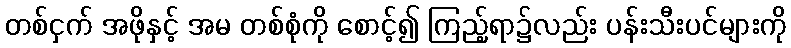
တစ်ငှက် အဖိုနှင့် အမ တစ်စုံကို စောင့်၍ ကြည့်ရာ၌လည်း ပန်းသီးပင်များကို